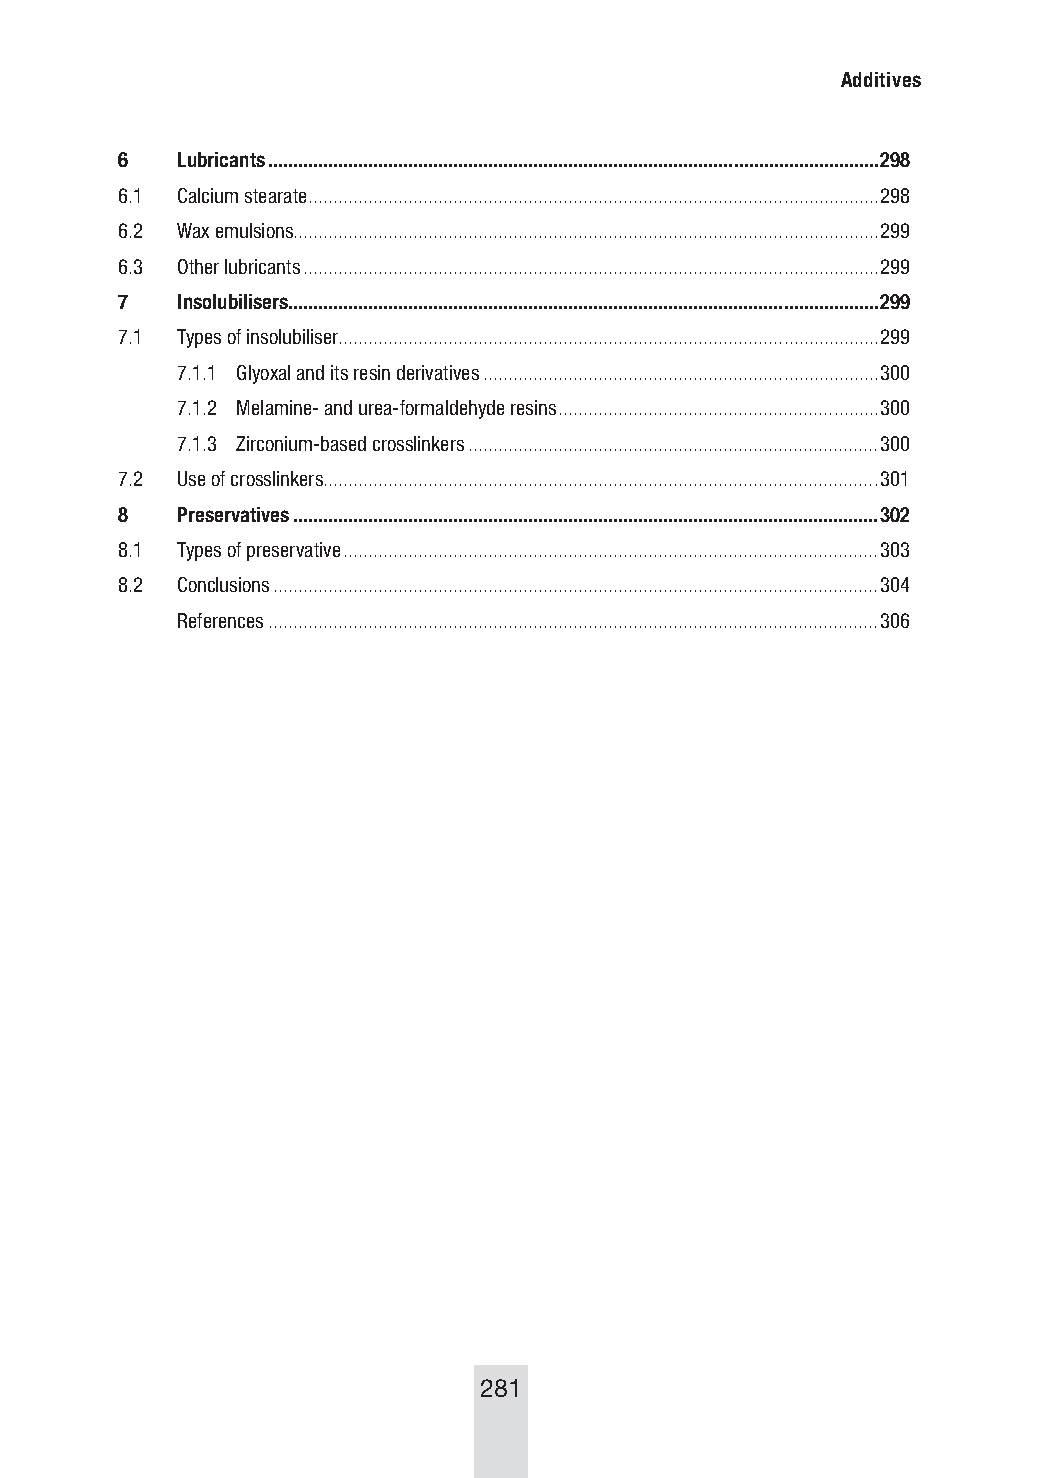
Additives
 6   Lubricants ..........................................................................................................................298
 6.1 Calcium stearate ..................................................................................................................298
 6.2 Wax emulsions .....................................................................................................................299
 6.3 Other lubricants ...................................................................................................................299
 7   Insolubilisers......................................................................................................................299
 7.1 Types of insolubiliser ............................................................................................................299
 7.1.1 Glyoxal and its resin derivatives ...............................................................................300
 7.1.2 Melamine- and urea-formaldehyde resins ................................................................300
 7.1.3 Zirconium-based crosslinkers ..................................................................................300
 7.2 Use of crosslinkers ...............................................................................................................301
 8   Preservatives .....................................................................................................................302
 8.1 Types of preservative ...........................................................................................................303
 8.2 Conclusions .........................................................................................................................304
 References ..........................................................................................................................306
 281